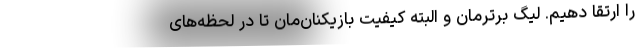
را ارتقا دهیم. لیگ برترمان و البته کیفیت بازیکنان‌مان تا در لحظه‌های